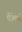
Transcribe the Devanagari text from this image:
पेठेमध्ये